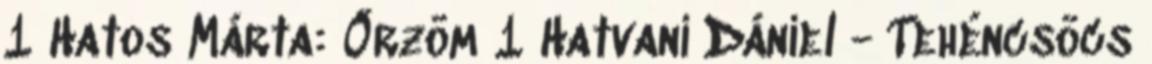
1 Hatos Márta: Őrzöm 1 Hatvani Dániel - Tehéncsöcs